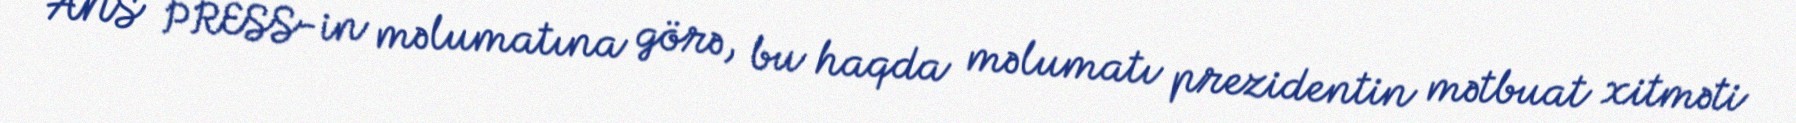
ANS PRESS-in məlumatına görə, bu haqda məlumatı prezidentin mətbuat xitməti